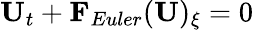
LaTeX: \mathbf{U}_{t}+\mathbf{F}_{Euler}(\mathbf{U})_{\xi}=0